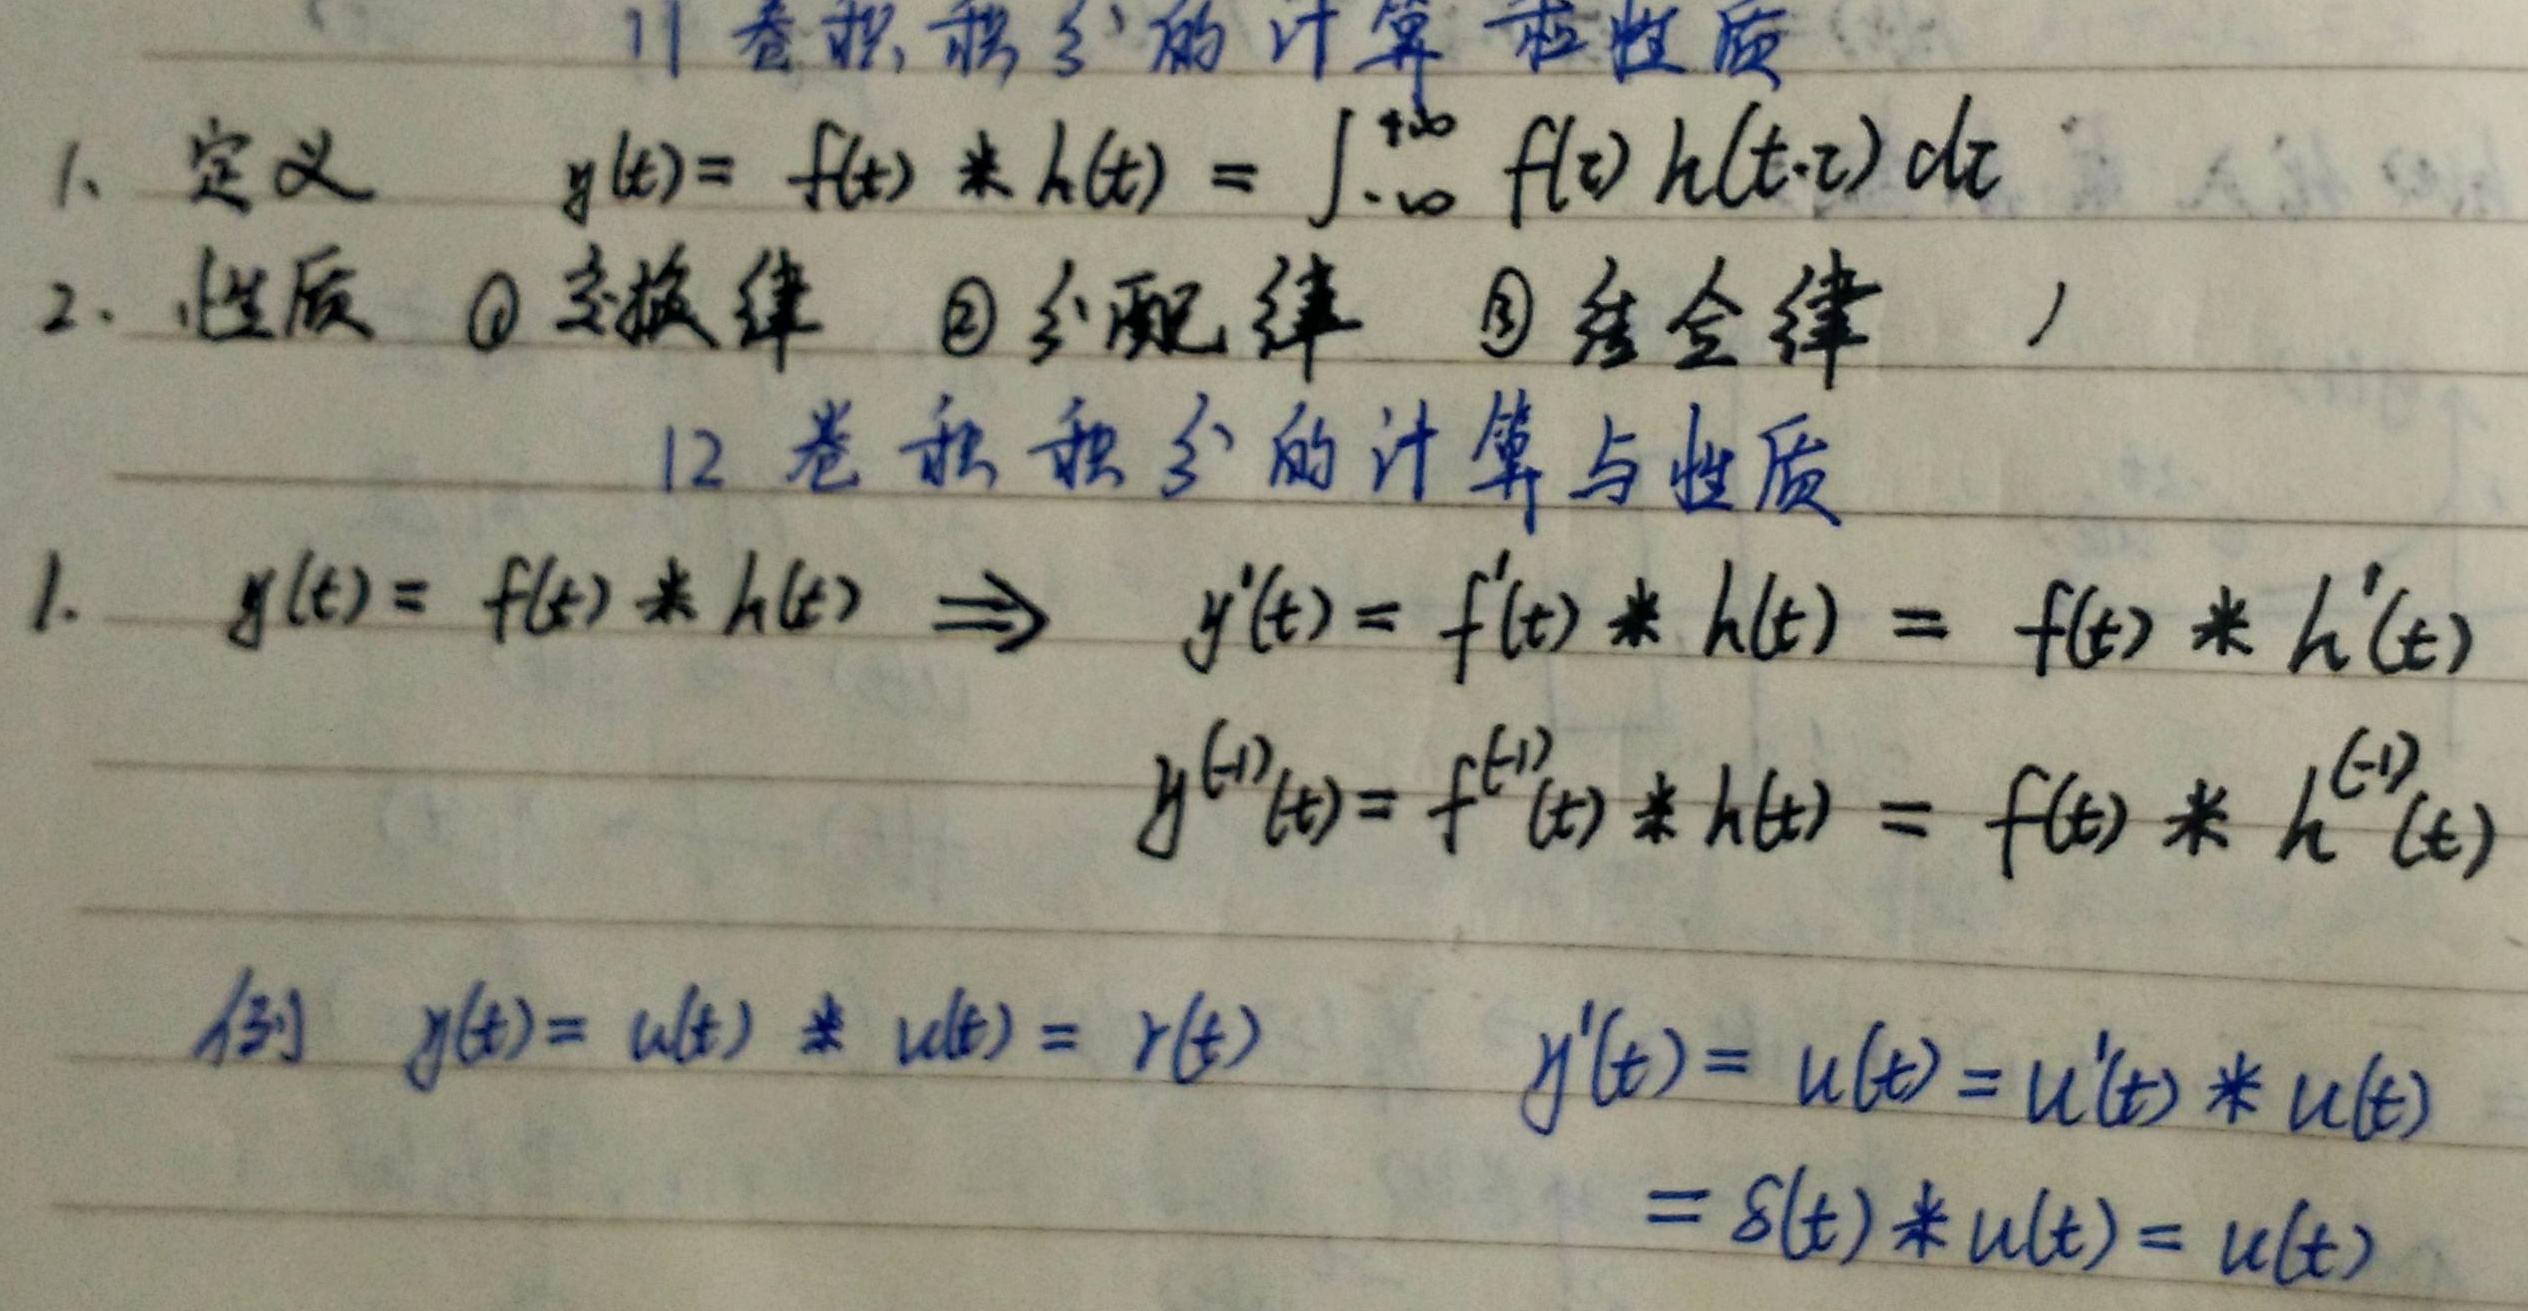
11 卷积积分的计算与性质
1. 定义
\[
y(t)=f(t)*h(t)=\int_{-\infty}^{+\infty}f(\tau)h(t - \tau)d\tau
\]
2. 性质 \textcircled{1}交换律 \textcircled{2}分配律 \textcircled{3}结合律

12 卷积积分的计算与性质
1.
\[
\begin{align*}
y(t)=f(t)*h(t)&\Rightarrow y'(t)=f'(t)*h(t)=f(t)*h'(t)\\
y^{(-1)}(t)&=f^{(-1)}(t)*h(t)=f(t)*h^{(-1)}(t)
\end{align*}
\]
例
\[
\begin{align*}
y(t)=u(t)*u(t)&=r(t)\\
y'(t)=u(t)&=u'(t)*u(t)\\
&=\delta(t)*u(t)=u(t)
\end{align*}
\]